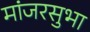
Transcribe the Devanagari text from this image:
मांजरसुभा